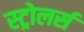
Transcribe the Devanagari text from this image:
स्ट्रोलर्स